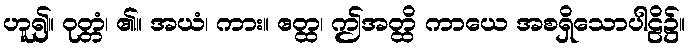
ဟူ၍။ ဝုတ္တံ၊ ၏။ အယံ၊ ကား။ ဧတ္ထ၊ ဤအတ္ထိ ကာယေ အစရှိသောပါဠိ၌။